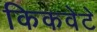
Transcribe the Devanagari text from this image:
किकवेटे